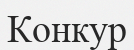
Конкур